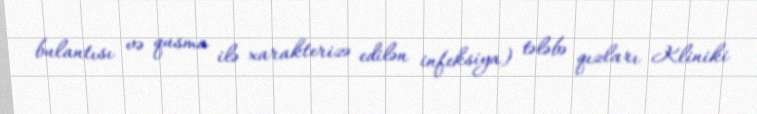
bulantısı və qusma ilə xarakterizə edilən infeksiya) tələbə qızları Kliniki